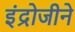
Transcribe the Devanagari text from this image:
इंद्रोजीने